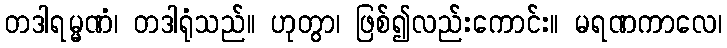
တဒါရမ္မဏံ၊ တဒါရုံသည်။ ဟုတွာ၊ ဖြစ်၍လည်းကောင်း။ မရဏကာလေ၊